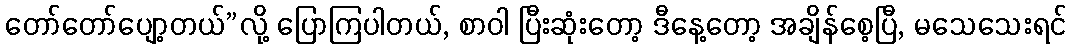
တော်တော်ပျော့တယ်”လို့ ပြောကြပါတယ်, စာဝါ ပြီးဆုံးတော့ ဒီနေ့တော့ အချိန်စေ့ပြီ, မသေသေးရင်